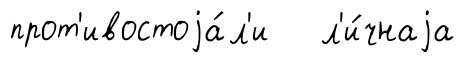
прот'ивостоjа́л'и л'и́чнаjа